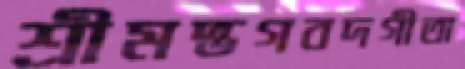
শ্রীমদ্ভগবদগীতা